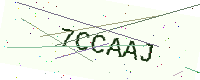
Text: 7CCAAJ